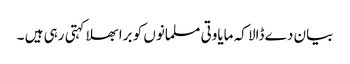
بیان دے ڈالا کہ مایاوتی مسلمانوں کو برا بھلا کہتی رہی ہیں ۔